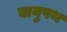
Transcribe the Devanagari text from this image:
वायुपथ